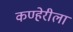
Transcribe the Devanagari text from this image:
कण्हेरीला